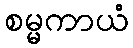
စမ္မကာယံ